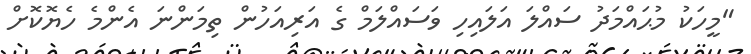
"މީހަކު މުޙައްމަދު ސައްލަ އަލައިހި ވަސައްލަމް ގެ އަރިއަހުން ތިމަންނަ އެންމެ ހެޔޮކޮށް